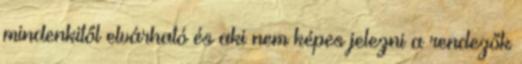
mindenkitől elvárható és aki nem képes jelezni a rendezők